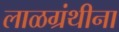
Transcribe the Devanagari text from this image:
लाळग्रंथीना